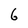
Character: 6